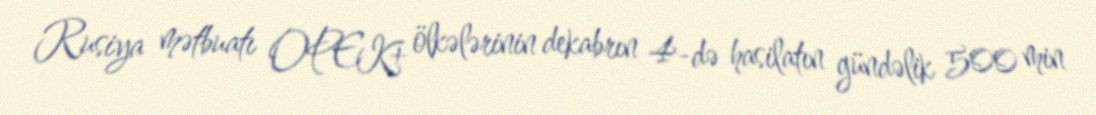
Rusiya mətbuatı OPEK+ ölkələrinin dekabrın 4-də hasilatın gündəlik 500 min